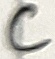
Text: C